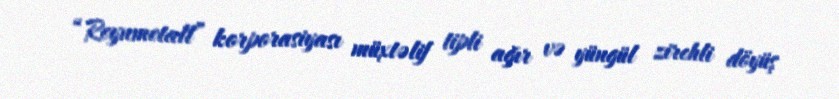
“Reynmetall” korporasiyası müxtəlif tipli ağır və yüngül zirehli döyüş